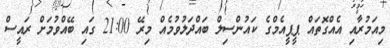
މިއަމުރާއި އެއްގޮތައް ޕީޕީއެމްގެ ކައުންސިލް ބައްދަލުވުމެއް މިރޭ 21:00 ގައި ބޭއްވުމަށް ރައީސް